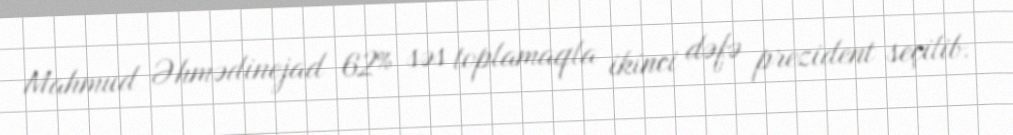
Mahmud Əhmədinejad 62% səs toplamaqla ikinci dəfə prezident seçilib.